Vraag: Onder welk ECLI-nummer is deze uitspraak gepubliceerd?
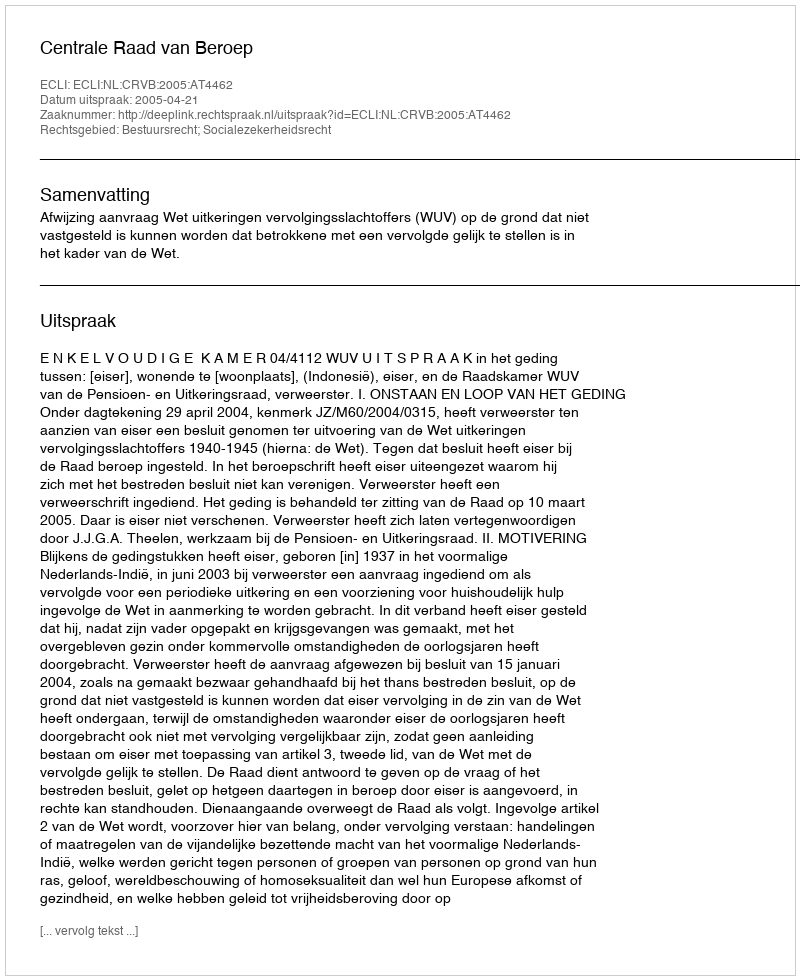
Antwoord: ECLI:NL:CRVB:2005:AT4462